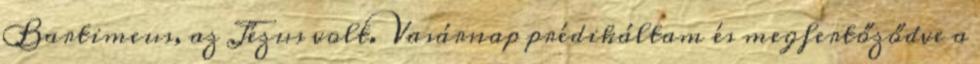
Bartimeus, az Jézus volt. Vasárnap prédikáltam és megfertőződve a